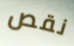
نقص